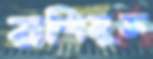
রশিমুক্ত